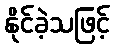
နိုင်ခဲ့သဖြင့်